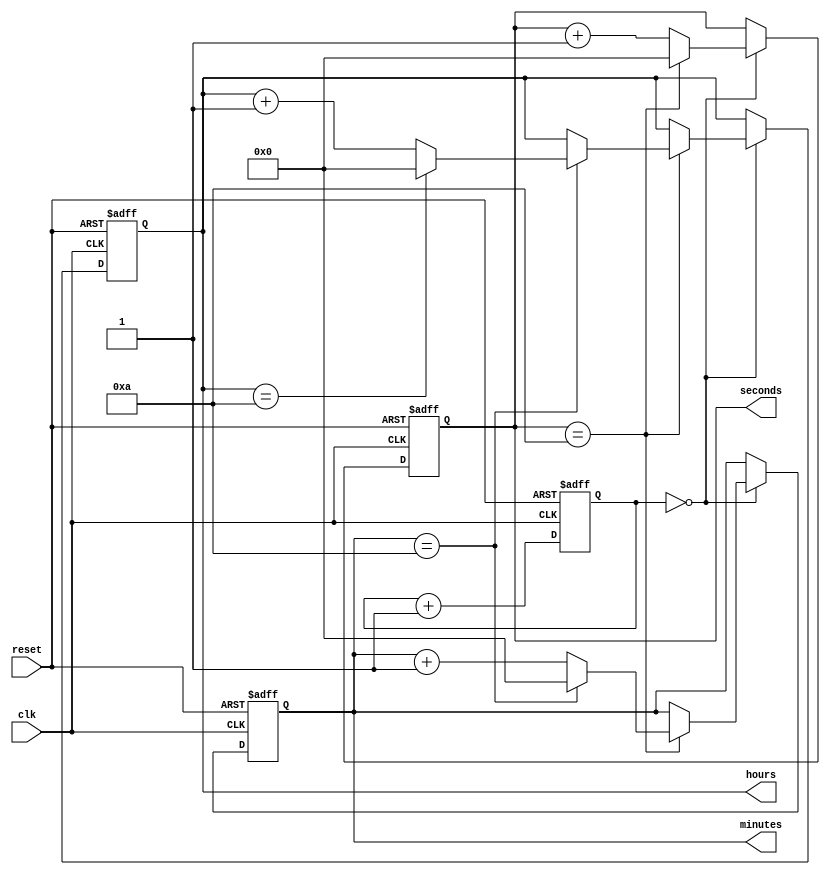
module binary_clock_divider (
    input clk,
    input reset,
    output reg [3:0] seconds,
    output reg [3:0] minutes,
    output reg [3:0] hours
);

reg [19:0] count;

always @(posedge clk or posedge reset) begin
    if (reset) begin
        count <= 20'b0;
        seconds <= 4'b0;
        minutes <= 4'b0;
        hours <= 4'b0;
    end else begin
        count <= count + 1;
        if (count == 20'd0) begin
            seconds <= seconds + 1;
            if (seconds == 4'd10) begin
                seconds <= 4'b0;
                minutes <= minutes + 1;
                if (minutes == 4'd10) begin
                    minutes <= 4'b0;
                    hours <= hours + 1;
                    if (hours == 4'd10) begin
                        hours <= 4'b0;
                    end
                end
            end
        end
    end
end

endmodule